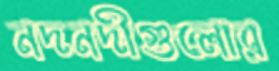
নদনদীগুলোর